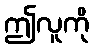
ဤလူကို